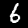
Digit: 6